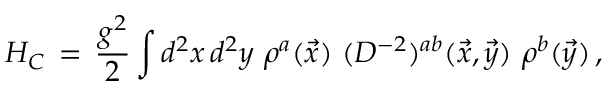
H _ { C } \, = \, \frac { g ^ { 2 } } { 2 } \int d ^ { 2 } x \, d ^ { 2 } y \, \, \rho ^ { a } ( \vec { x } ) \, \, ( D ^ { - 2 } ) ^ { a b } ( \vec { x } , \vec { y } ) \, \, \rho ^ { b } ( \vec { y } ) \, ,